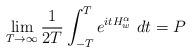
LaTeX: \begin{align*}\lim_{T\to\infty}\frac 1{2T}\int_{-T}^T e^{itH_w^\alpha}\ dt=P\end{align*}